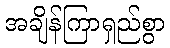
အချိန်ကြာရှည်စွာ